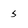
Character: 5